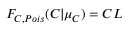
F _ { C , P o i s } ( C | \mu _ { C } ) = C L